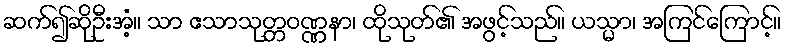
ဆက်၍ဆိုဦးအံ့။ သာ ဧသာသုတ္တဝဏ္ဏနာ၊ ထိုသုတ်၏ အဖွင့်သည်။ ယသ္မာ၊ အကြင်ကြောင့်။